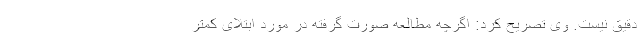
دقیق نیست. وی تصریح کرد: اگرچه مطالعه صورت گرفته در مورد ابتلای کمتر